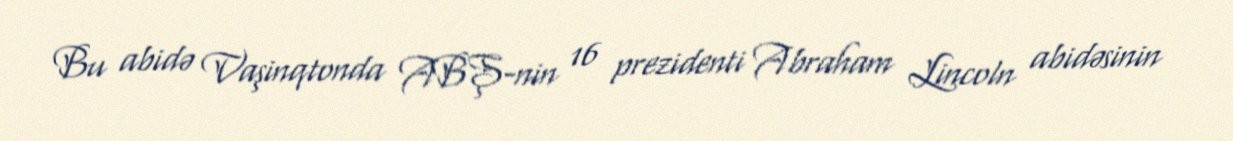
Bu abidə Vaşinqtonda ABŞ-nin 16 prezidenti Abraham Lincoln abidəsinin